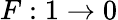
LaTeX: F:1\rightarrow 0